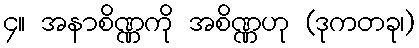
၄။ အနာစိဏ္ဏကို အစိဏ္ဏဟု (ဒုကတခု၊)